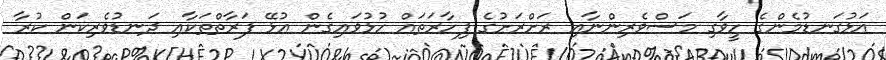
އަޅުގަނޑުމެންގެ ހީވާގި މަސްވެރިންނާއި ރަށްރަށުގެ ފިހާރަތައް ހުޅުވައިގެން އުޅޭ ފަރާތްތަކާއި ދަނޑުވެރިކަން ކުރާ